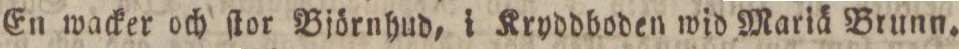
En wacker och ſtor Björnhud, i Kryddboden wid Mariä Brunn.